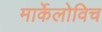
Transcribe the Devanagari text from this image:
मार्केलोविच